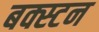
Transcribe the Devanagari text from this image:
बक्स्टन